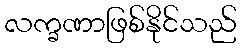
လက္ခဏာဖြစ်နိုင်သည်